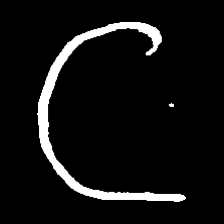
Pyu character \u2014 Myanmar letter: ဋ (romanized: tta)